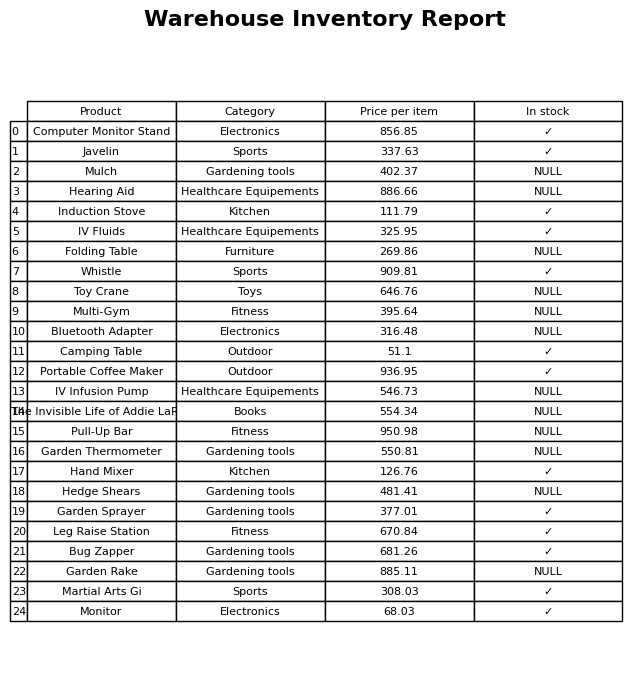
question: What is the price for Bluetooth Adapter?
answer: The price of Bluetooth Adapter is 316.48.